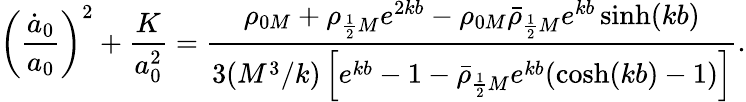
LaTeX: \left(\frac{\dot{a}_{0}}{a_{0}}\right)^{2}+\frac{K}{a_{0}^{2}}=\frac{\rho_{0M}+\rho_{\frac 12M}e^{2kb}-\rho_{0M}\bar{\rho}_{\frac 12M}e^{kb}\sinh(kb)}{3(M^{3}/k)\left[e^{kb}-1-\bar{\rho}_{\frac 12M}e^{kb}(\cosh(kb)-1)\right]}.